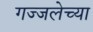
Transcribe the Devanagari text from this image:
गज्जलेच्या